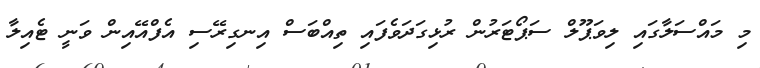
މި މައްސަލާގައި ލިވަޕޫލް ސަޕޯޓަރުން ރުޅިގަދަވެފައި ތިއްބަސް އިނގިރޭސި އެފްއޭއިން ވަނީ ޓެއިލާ